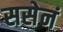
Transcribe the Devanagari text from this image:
ससेनं